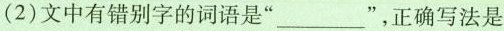
(2)文中有错别字的词语是“___”，正确写法是